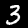
Digit: 3